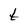
Character: t